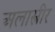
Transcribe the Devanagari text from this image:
अलास्त्रीर